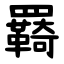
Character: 羇